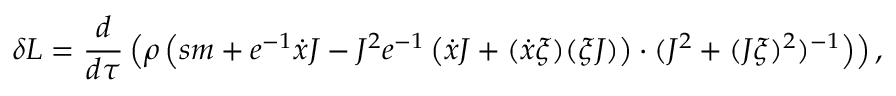
\delta L = \frac { d } { d \tau } \left( \rho \left( s m + e ^ { - 1 } \dot { x } J - J ^ { 2 } e ^ { - 1 } \left( \dot { x } J + ( \dot { x } \xi ) ( \xi J ) \right) \cdot ( J ^ { 2 } + ( J \xi ) ^ { 2 } ) ^ { - 1 } \right) \right) ,